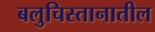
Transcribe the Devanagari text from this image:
बलुचिस्तानातील